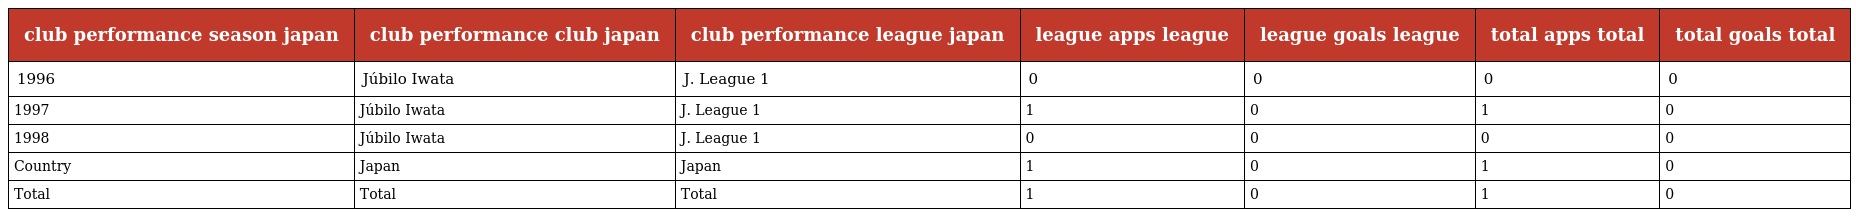
| club performance season japan | club performance club japan | club performance league japan | league apps league | league goals league | total apps total | total goals total |
 | --- | --- | --- | --- | --- | --- | --- |
 | 1996 | Júbilo Iwata | J. League 1 | 0 | 0 | 0 | 0 |
 | 1997 | Júbilo Iwata | J. League 1 | 1 | 0 | 1 | 0 |
 | 1998 | Júbilo Iwata | J. League 1 | 0 | 0 | 0 | 0 |
 | Country | Japan | Japan | 1 | 0 | 1 | 0 |
 | Total | Total | Total | 1 | 0 | 1 | 0 |